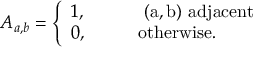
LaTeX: A _ { a , b } = \left\{ \begin{array} { l l } { { 1 , \qquad } } & { { \mathrm { ~ ( a , b ) ~ a d j a c e n t } } } \\ { { 0 , \qquad } } & { { \mathrm { o t h e r w i s e . } } } \end{array} \right.